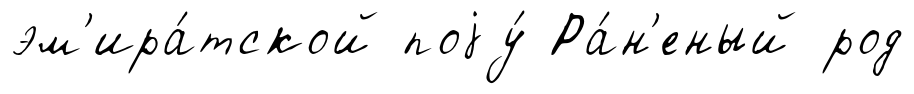
эм'ира́тской поjу́ Ра́н'еный род